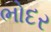
ભોદર